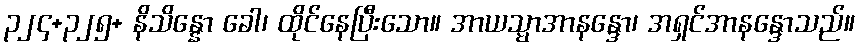
၃၂၄+၃၂၅+ နိသိန္နော ခေါ၊ ထိုင်နေပြီးသော။ အာယသ္မာအာနန္ဒော၊ အရှင်အာနန္ဒောသည်။